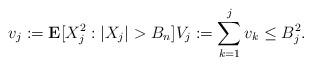
LaTeX: \begin{gather*} v_j:=\mathbf{E}[X_j^2:|X_j|>B_n]V_j:=\sum_{k=1}^j v_k\le B_j^2.\end{gather*}